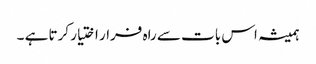
ہمیشہ اس بات سے راہ فرار اختیار کرتا ہے ۔